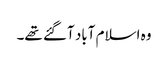
وہ اسلام آباد آگئے تھے۔